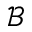
\mathcal { B }